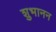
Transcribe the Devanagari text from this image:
शुभानन